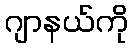
ဂျာနယ်ကို